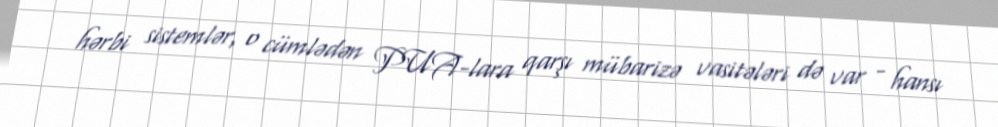
hərbi sistemlər, o cümlədən PUA-lara qarşı mübarizə vasitələri də var - hansı